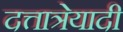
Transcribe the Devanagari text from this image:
दत्तात्रेयादी